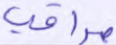
مراقب